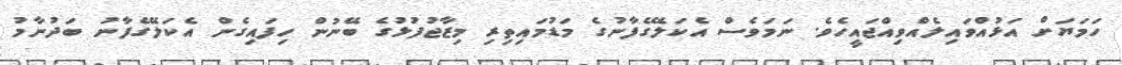
ހަމަޔަށް އަޅުއްވައިލެއްވިއްޖައީހެވެ. ނަމަވެސް އެކަލޭގެފާނުގެ މަޑުމައިތިރި މިޒާޖުފުޅުގެ ބޭނުން ހިފައިގެން އެކަލޭގެފާނު ބަދުނާމު